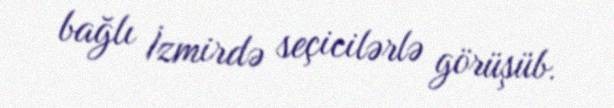
bağlı İzmirdə seçicilərlə görüşüb.